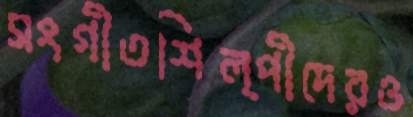
সংগীতশিল্পীদেরও